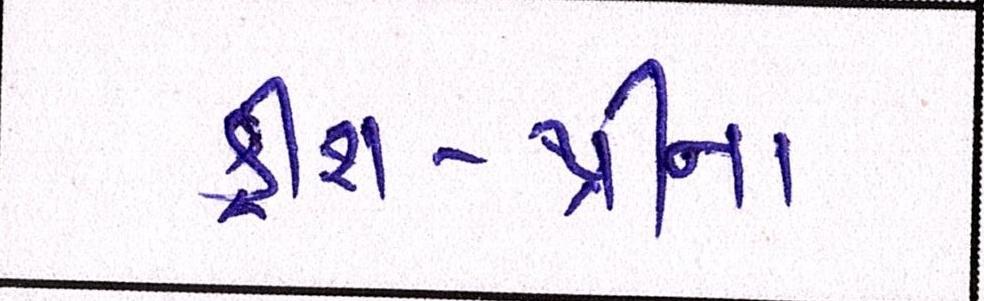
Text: ક્રીશ-થ્રીના